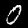
Digit: 0